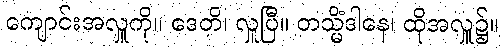
ကျောင်းအလှူကို။ ဒေတိ၊ လှူပြီ။ တသ္မိံဒါနေ၊ ထိုအလှူ၌။